Vaccination in Bombay 1874-1876 - 1874-1876
Year: 1874
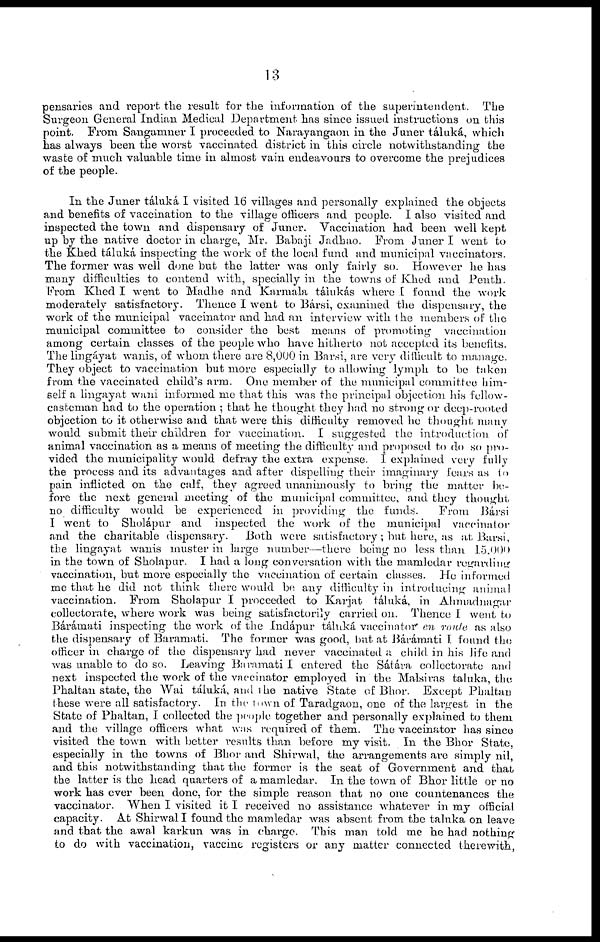
13
pensaries and report the result for the information of the superintendent. The
Surgeon General Indian Medical Department has since issued instructions on this
point. From Sangamner I proceeded to Narayangaon in the Juner táluká, which
has always been the worst vaccinated district in this circle notwithstanding the
waste of much valuable time in almost vain endeavours to overcome the prejudices
of the people.
In the Juner táluká I visited 16 villages and personally explained the objects
and benefits of vaccination to the village officers and people. I also visited and
inspected the town and dispensary of Juner. Vaccination had been well kept
up by the native doctor in charge, Mr. Babaji Jadhao. From Juner I went to
the Khed táluká inspecting the work of the local fund and municipal vaccinators.
The former was well done but the latter was only fairly so. However he has
many difficulties to contend with, specially in the towns of Khed and Penth.
From Khed I went to Madhe and Karmala tálukás where [ found the work
moderately satisfactory. Thence I went to Bársi, examined the dispensary, the
work of the municipal vaccinator and had an interview with the members of the
municipal committee to consider the best means of promoting vaccination
among certain classes of the people who have hitherto not accepted its benefits.
The lingáyat wanis, of whom there are 8,000 in Barsi, are very difficult to manage.
They object to vaccination but more especially to allowing lymph to be taken
from the vaccinated child's arm. One member of the municipal committee him-
self a lingayat wani informed me that this was the principal objection his fellow¬
casteman had to the operation ; that he thought they had no strong or deep-rooted
objection to it otherwise and that were this difficulty removed he thought many
would submit their children for vaccination. I suggested the introduction of
animal vaccination as a means of meeting the difficulty and proposed to do so pro-
vided the municipality would defray the extra expense. I explained very fully
the process and its advantages and after dispelling their imaginary fears as to
pain inflicted on the calf, they agreed unanimously to bring the matter be-
fore the next general meeting of the municipal committee, and they thought
no difficulty would be experienced in providing the funds.
From Bársi
I went to Sholápur and inspected the work of the municipal vaccinator
and the charitable dispensary.
Both were satisfactory ; but here, as at Barsi,
the lingayat wanis muster in large number—there being no less than 15,000
in the town of Sholápur. I had a long conversation with the mamledar regarding
vaccination, but more especially the vaccination of certain classes. He informed
me that he did not think there would be any difficulty in introducing animal
vaccination. From Sholapur I proceeded to Karjat táluká, in Ahmadnagar
collectorate, where work was being satisfactorily carried on. Thence I went to
Bárámati inspecting the work of the Indápur táluká vaccinator en route as also
the dispensary of Baramati. The former was good, but at Bárámati I found the
officer in charge of the dispensary had never vaccinated a child in his life and
was unable to do so. Leaving Baramati I entered the Sátára collectorate and
next inspected the work of the vaccinator employed in the Malsiras taluka, the
Phaltan state, the Wai táluká, and the native State of Bhor. Except Phaltan
these were all satisfactory. In the town of Taradgaon, one of the largest in the
State of Phaltan, I collected the people together and personally explained to them
and the village officers what was required of them. The vaccinator has since
visited the town with better results than before my visit. In the Bhor State,
especially in the towns of Bhor and Shirwal, the arrangements are simply nil,
and this notwithstanding that the former is the seat of Government and that
the latter is the head quarters of a mamledar. In the town of Bhor little or no
work has ever been done, for the simple reason that no one countenances the
vaccinator. When I visited it I received no assistance whatever in my official
capacity. At Shirwal I found the mamledar was absent from the taluka on leave
and that the awal karkun was in charge. This man told me he had nothing
to do with vaccination, vaccine registers or any matter connected therewith,